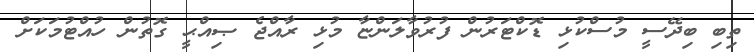
ތިބި ބިދޭސީ މުސްކުޅި ޑޮކްޓަރުން ފުރުވާލަންޏާ މުޅި ރާއްޖެ ޞިއްޙީ ގޮތުން ހުއްޓުމަކަށް